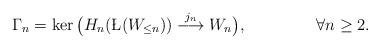
LaTeX: \begin{align*}\Gamma_{n}=\ker \big(H_{n}(\L (W_{\leq n}))\overset{j_n}{\longrightarrow} W_n\big),\,\,\,\,\,\,\,\,\,\,\,\,\,\,\,\,\,\,\,\,\,\,\,\,\,\forall n\geq 2.\end{align*}